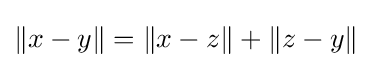
\|x-y\|=\|x-z\|+\|z-y\|